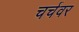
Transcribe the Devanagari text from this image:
चर्चवर